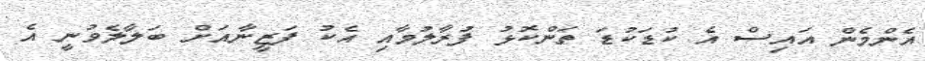
އެންމެން އައިސް އެ ކުޑަކުޑަ ތަންކޮޅު ފުރާލުމާއި އެކު ފަޒީނާއަށް ބަލާލެވުނީ އެ